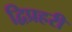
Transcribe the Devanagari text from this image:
द्विप्रहरी